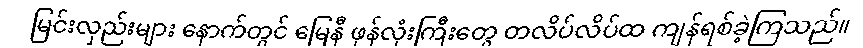
မြင်းလှည်းများ နောက်တွင် မြေနီ ဖုန်လုံးကြီးတွေ တလိပ်လိပ်ထ ကျန်ရစ်ခဲ့ကြသည်။